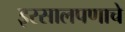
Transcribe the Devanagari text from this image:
इरसालपणाचे